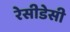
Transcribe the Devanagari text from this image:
रेसीडेसी